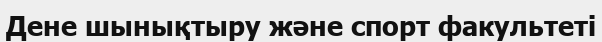
Дене шынықтыру және спорт факультеті